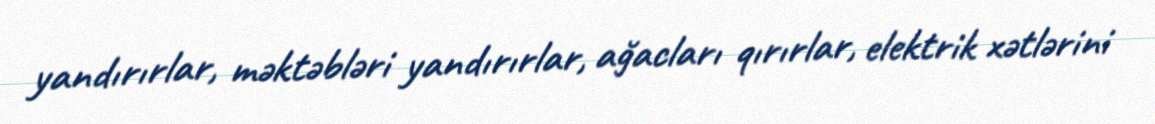
yandırırlar, məktəbləri yandırırlar, ağacları qırırlar, elektrik xətlərini